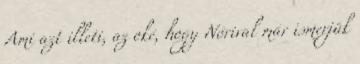
Ami azt illeti, az oké, hogy Nórival már ismerjük